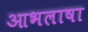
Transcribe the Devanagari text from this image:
आभलाषा